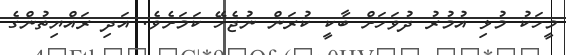
މީހަކު މުޅި އުމުރު ދުވަހަށް ބާކީ ކުރަން ނުޖެހޭ ކަމަށެވެ. އަދި ރައްޔިތުންގެ